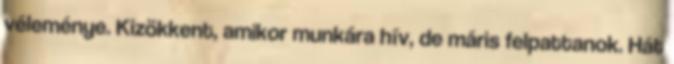
véleménye. Kizökkent, amikor munkára hív, de máris felpattanok. Hát